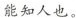
能知人也。